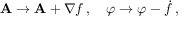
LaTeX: \mathbf { A } \rightarrow \mathbf { A } + \nabla f \, , \quad \varphi \rightarrow \varphi - { \dot { f } } \, ,